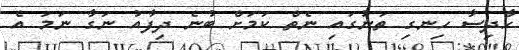
ހާދިސާ ހިނގި ތަނުގައި ނެތް ކަމަށް ބުނެ ދިފާއު ނަގާ ނަމަ އެ